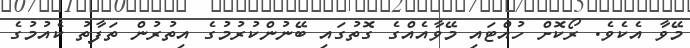
މޭވާ އެކެވެ. ރޯކޮށް ހުއްޓައި މޭވާއެއްގެ ގޮތުގައި ބޭނުންކުރުމުގެ އިތުރުން ތަފާތު ކެއުމުގެ